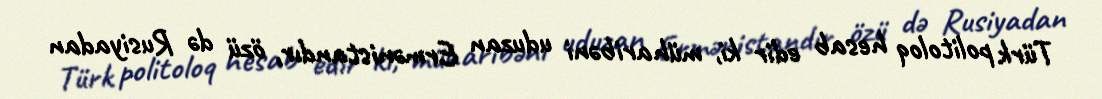
Türk politoloq hesab edir ki, müharibəni uduzan Ermənistandır, özü də Rusiyadan